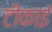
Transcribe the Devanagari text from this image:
टीकाई